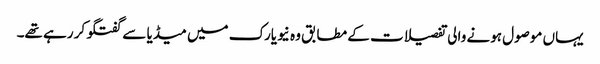
یہاں موصول ہونے والی تفصیلات کے مطابق وہ نیویارک میں میڈیا سے گفتگو کر رہے تھے۔